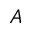
A